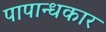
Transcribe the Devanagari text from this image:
पापान्धकार